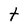
Character: t